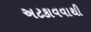
અટકાવવાથી